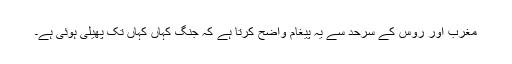
مغرب اور روس کے سرحد سے یہ پیغام واضح کرتا ہے کہ جنگ کہاں کہاں تک پھیلی ہوئی ہے۔